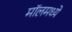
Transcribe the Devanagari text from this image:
मॉलमध्ये